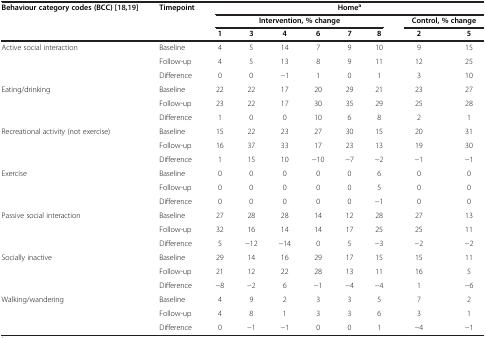
<table><thead><tr><td rowspan="3"><b>Behaviour category codes (BCC)[18,19]</b></td><td rowspan="3"><b>Timepoint</b></td><td colspan="8"><b>Home<sup>a</sup></b></td></tr><tr><td colspan="6"><b>Intervention, % change</b></td><td colspan="2"><b>Control, % change</b></td></tr><tr><td><b>1</b></td><td><b>3</b></td><td><b>4</b></td><td><b>6</b></td><td><b>7</b></td><td><b>8</b></td><td><b>2</b></td><td><b>5</b></td></tr></thead><tbody><tr><td>Active social interaction</td><td>Baseline</td><td>4</td><td>5</td><td>14</td><td>7</td><td>9</td><td>10</td><td>9</td><td>15</td></tr><tr><td> </td><td>Follow-up</td><td>4</td><td>5</td><td>13</td><td>8</td><td>9</td><td>11</td><td>12</td><td>25</td></tr><tr><td> </td><td>Difference</td><td>0</td><td>0</td><td>−1</td><td>1</td><td>0</td><td>1</td><td>3</td><td>10</td></tr><tr><td>Eating/drinking</td><td>Baseline</td><td>22</td><td>22</td><td>17</td><td>20</td><td>29</td><td>21</td><td>23</td><td>27</td></tr><tr><td> </td><td>Follow-up</td><td>23</td><td>22</td><td>17</td><td>30</td><td>35</td><td>29</td><td>25</td><td>28</td></tr><tr><td> </td><td>Difference</td><td>1</td><td>0</td><td>0</td><td>10</td><td>6</td><td>8</td><td>2</td><td>1</td></tr><tr><td>Recreational activity (not exercise)</td><td>Baseline</td><td>15</td><td>22</td><td>23</td><td>27</td><td>30</td><td>15</td><td>20</td><td>31</td></tr><tr><td> </td><td>Follow-up</td><td>16</td><td>37</td><td>33</td><td>17</td><td>23</td><td>13</td><td>19</td><td>30</td></tr><tr><td> </td><td>Difference</td><td>1</td><td>15</td><td>10</td><td>−10</td><td>−7</td><td>−2</td><td>−1</td><td>−1</td></tr><tr><td>Exercise</td><td>Baseline</td><td>0</td><td>0</td><td>0</td><td>0</td><td>0</td><td>6</td><td>0</td><td>0</td></tr><tr><td> </td><td>Follow-up</td><td>0</td><td>0</td><td>0</td><td>0</td><td>0</td><td>5</td><td>0</td><td>0</td></tr><tr><td> </td><td>Difference</td><td>0</td><td>0</td><td>0</td><td>0</td><td>0</td><td>−1</td><td>0</td><td>0</td></tr><tr><td>Passive social interaction</td><td>Baseline</td><td>27</td><td>28</td><td>28</td><td>14</td><td>12</td><td>28</td><td>27</td><td>13</td></tr><tr><td> </td><td>Follow-up</td><td>32</td><td>16</td><td>14</td><td>14</td><td>17</td><td>25</td><td>25</td><td>11</td></tr><tr><td> </td><td>Difference</td><td>5</td><td>−12</td><td>−14</td><td>0</td><td>5</td><td>−3</td><td>−2</td><td>−2</td></tr><tr><td>Socially inactive</td><td>Baseline</td><td>29</td><td>14</td><td>16</td><td>29</td><td>17</td><td>15</td><td>15</td><td>11</td></tr><tr><td> </td><td>Follow-up</td><td>21</td><td>12</td><td>22</td><td>28</td><td>13</td><td>11</td><td>16</td><td>5</td></tr><tr><td> </td><td>Difference</td><td>−8</td><td>−2</td><td>6</td><td>−1</td><td>−4</td><td>−4</td><td>1</td><td>−6</td></tr><tr><td>Walking/wandering</td><td>Baseline</td><td>4</td><td>9</td><td>2</td><td>3</td><td>3</td><td>5</td><td>7</td><td>2</td></tr><tr><td> </td><td>Follow-up</td><td>4</td><td>8</td><td>1</td><td>3</td><td>3</td><td>6</td><td>3</td><td>1</td></tr><tr><td> </td><td>Difference</td><td>0</td><td>−1</td><td>−1</td><td>0</td><td>0</td><td>1</td><td>−4</td><td>−1</td></tr></tbody></table>